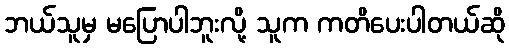
ဘယ်သူမှ မပြောပါဘူးလို့ သူက ကတိပေးပါတယ်ဆို